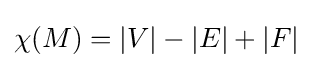
\chi (M)=|V|-|E|+|F|